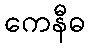
ကေနီဓ